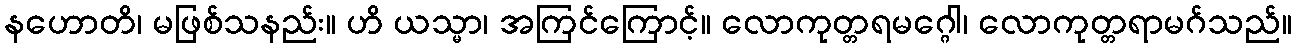
နဟောတိ၊ မဖြစ်သနည်း။ ဟိ ယသ္မာ၊ အကြင်ကြောင့်။ လောကုတ္တရမဂ္ဂေါ၊ လောကုတ္တရာမဂ်သည်။